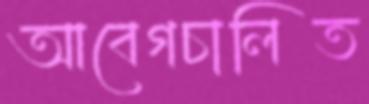
আবেগচালিত